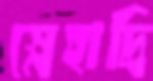
স্নেহাদ্রি